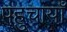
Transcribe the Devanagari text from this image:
पहुचायाँ